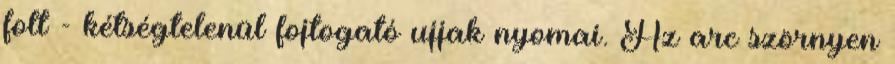
folt - kétségtelenül fojtogató ujjak nyomai. Az arc szörnyen